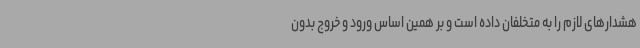
هشدارهای لازم را به متخلفان داده است و بر همین اساس ورود و خروج بدون